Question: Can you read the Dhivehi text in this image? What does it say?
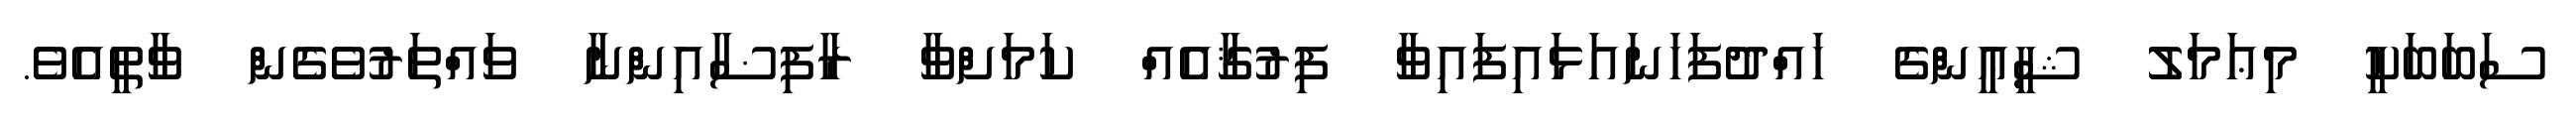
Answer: ސަބަބަކީ މިޢަމަލު ޝީޢީންގެ ހައްދުފަހަނައަޅައިފައިވާ ފިރުޤާއެއް ކަމަށްވާ ރާފިޟާއިންނާ ވައްތަރުވެގެން ވާތީއެވެ.